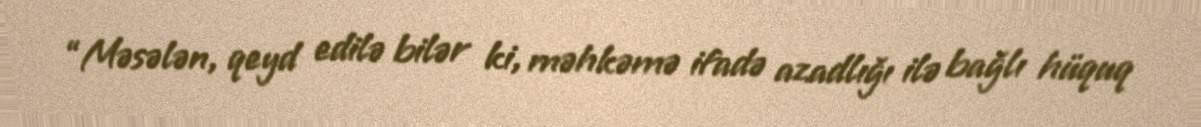
“Məsələn, qeyd edilə bilər ki, məhkəmə ifadə azadlığı ilə bağlı hüquq